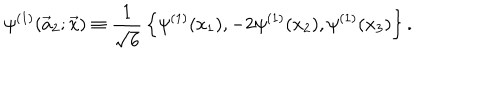
\psi ^ { ( 1 ) } ( \vec { a } _ { 2 } ; \vec { x } ) \equiv { \frac { 1 } { \sqrt { 6 } } } \left\{ \psi ^ { ( 1 ) } ( x _ { 1 } ) , - 2 \psi ^ { ( 1 ) } ( x _ { 2 } ) , \psi ^ { ( 1 ) } ( x _ { 3 } ) \right\} .